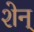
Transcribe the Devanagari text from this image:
शेन्